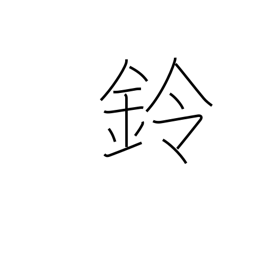
Meaning: small bell